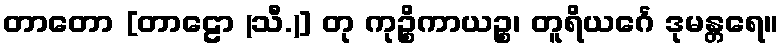
တာတော [တာဠော (သီ.)] တု ကုဉ္စိကာယဉ္စ၊ တူရိယင်္ဂေ ဒုမန္တရေ။